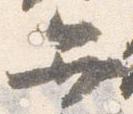
弁